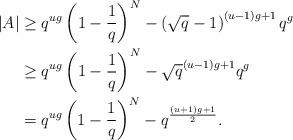
LaTeX: \begin{align*}|A| & \ge q^{ug} \left (1 - \dfrac{1}{q} \right )^{N} - \left(\sqrt{q} - 1 \right)^{(u - 1)g + 1} q^{g} \\& \ge q^{ug} \left (1 - \dfrac{1}{q} \right )^{N} - \sqrt{q}^{(u - 1)g + 1} q^{g} \\& = q^{ug} \left (1 - \dfrac{1}{q} \right )^{N} - q^{\frac{(u + 1)g + 1}{2}}.\end{align*}